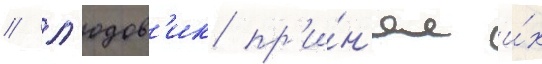
/ л'юдов'ик пр'и́н'ял и́х